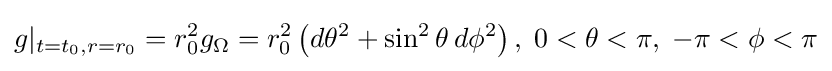
g|_{t=t_{0},r=r_{0}}=r_{0}^{2}g_{\Omega }=r_{0}^{2}\left(d\theta ^{2}+\sin ^{2}\theta \,d\phi ^{2}\right),\;0<\theta <\pi ,\;-\pi <\phi <\pi